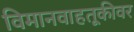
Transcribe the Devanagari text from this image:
विमानवाहतूकीवर